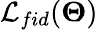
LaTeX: \mathcal{L}_{fid}(\boldsymbol{\Theta})